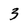
Character: 3